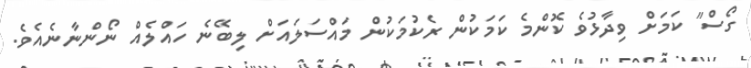
ގޯސް" ކަމަށް ވިދާޅުވެ ކޮންމެ ކަމަކުން ރެކުމަކުން މައްސަލައަށް ލިބޭނެ ހައްލެއް ނޯންނާނެއެވެ.